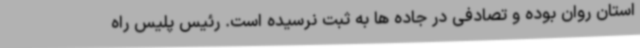
استان روان بوده و تصادفی در جاده ها به ثبت نرسیده است. رئیس پلیس راه